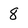
Character: 8